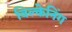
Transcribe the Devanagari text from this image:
विल्केनिंग